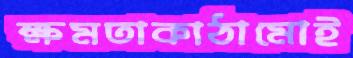
ক্ষমতাকাঠামোই